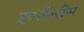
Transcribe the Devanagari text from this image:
इवानिसैंस